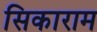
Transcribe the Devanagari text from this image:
सिकाराम